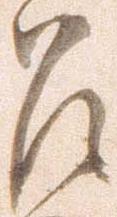
召